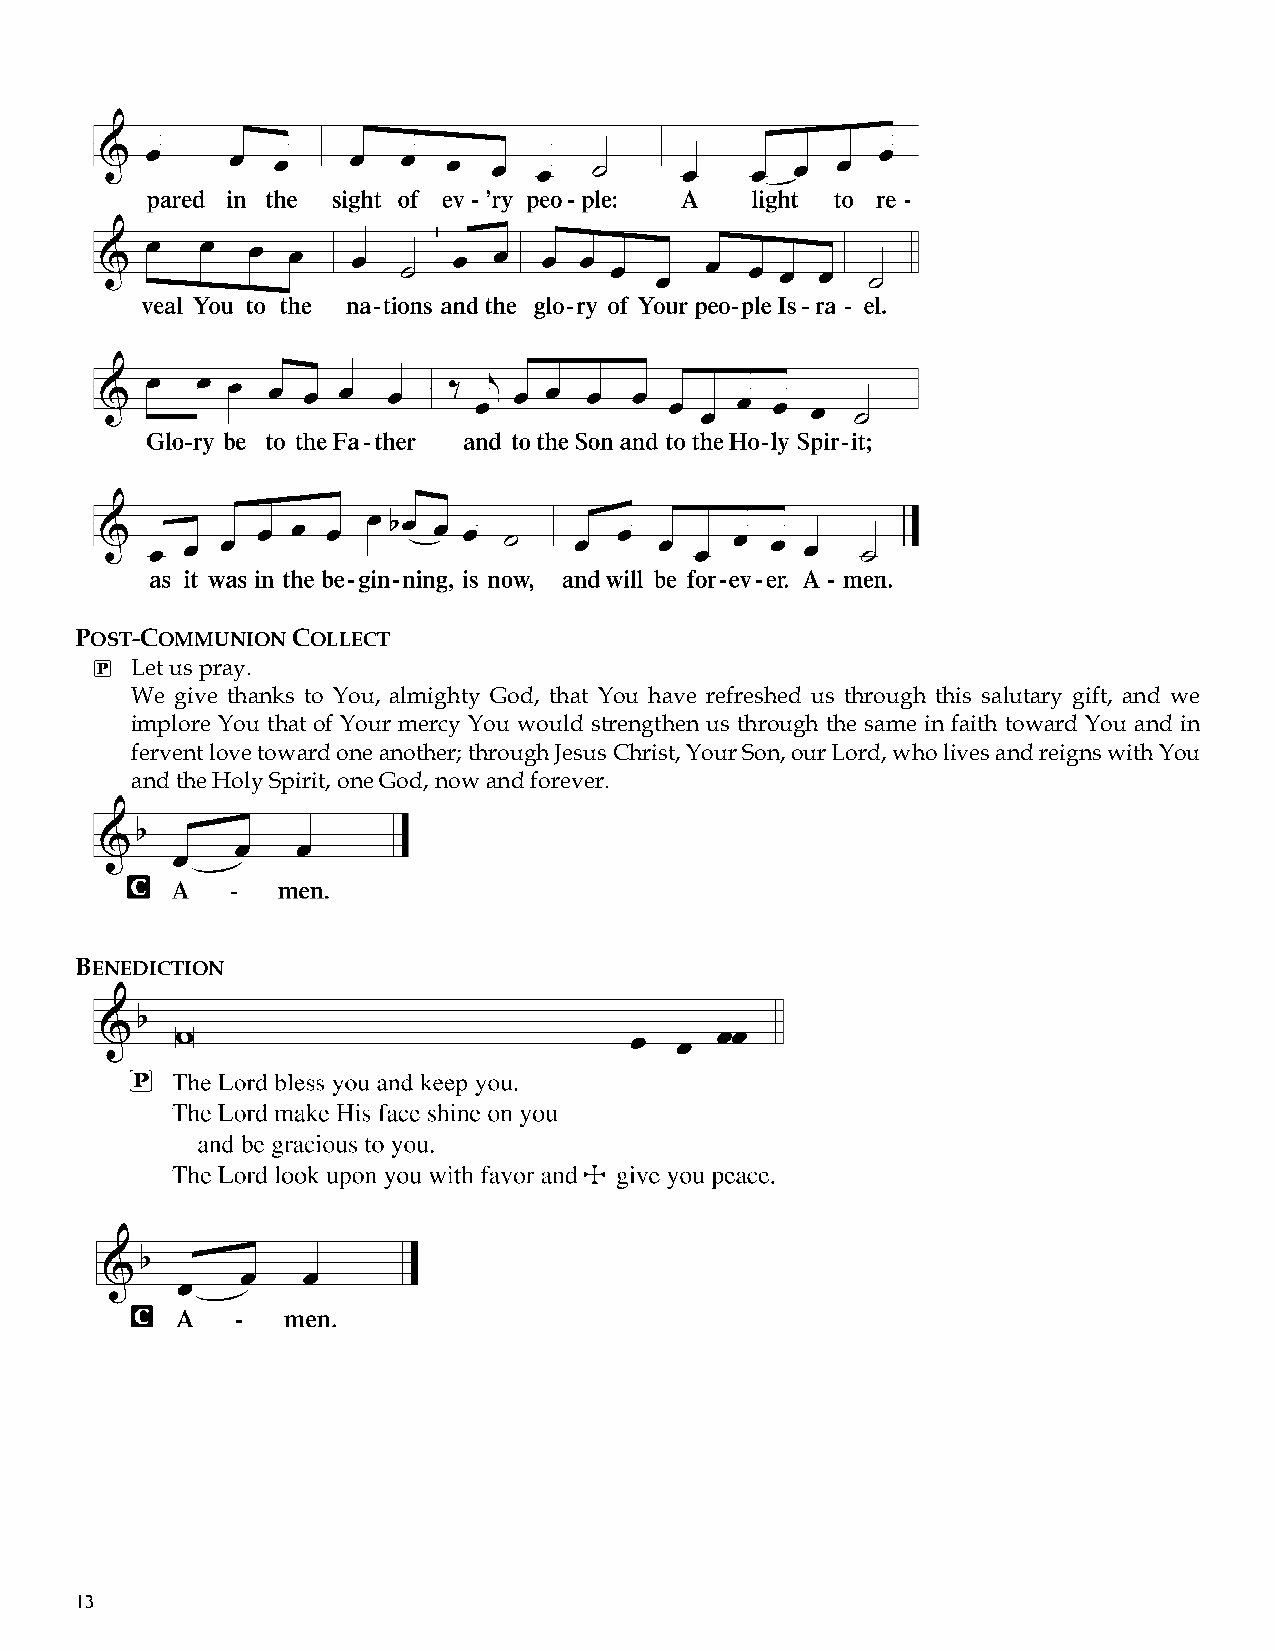
POST-COMMUNION COLLECT
 P  Let us pray.
 We give thanks to You, almighty God, that You have refreshed us through this salutary gift, and we
 implore You that of Your mercy You would strengthen us through the same in faith toward You and in
 fervent love toward one another; through Jesus Christ, Your Son, our Lord, who lives and reigns with You
 and the Holy Spirit, one God, now and forever.
 BENEDICTION
 13